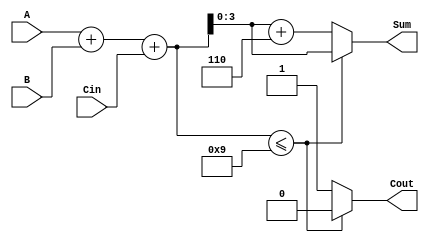
module BCD_LUT_Adder (
    input  wire [3:0] A,      // First BCD operand
    input  wire [3:0] B,      // Second BCD operand
    input  wire       Cin,     // Carry input
    output reg  [3:0] Sum,     // BCD sum output
    output reg       Cout      // Carry output
);

    // Intermediate 5-bit sum
    wire [4:0] temp_sum;
    
    // Calculate the intermediate sum
    assign temp_sum = A + B + Cin;

    // LUT for BCD correction
    always @(*) begin
        if (temp_sum <= 9) begin
            Sum = temp_sum[3:0]; // Valid BCD
            Cout = 1'b0;         // No carry
        end else begin
            Sum = temp_sum[3:0] + 4'b0110; // Add 6 to correct
            Cout = 1'b1;                     // Carry out
        end
    end

endmodule